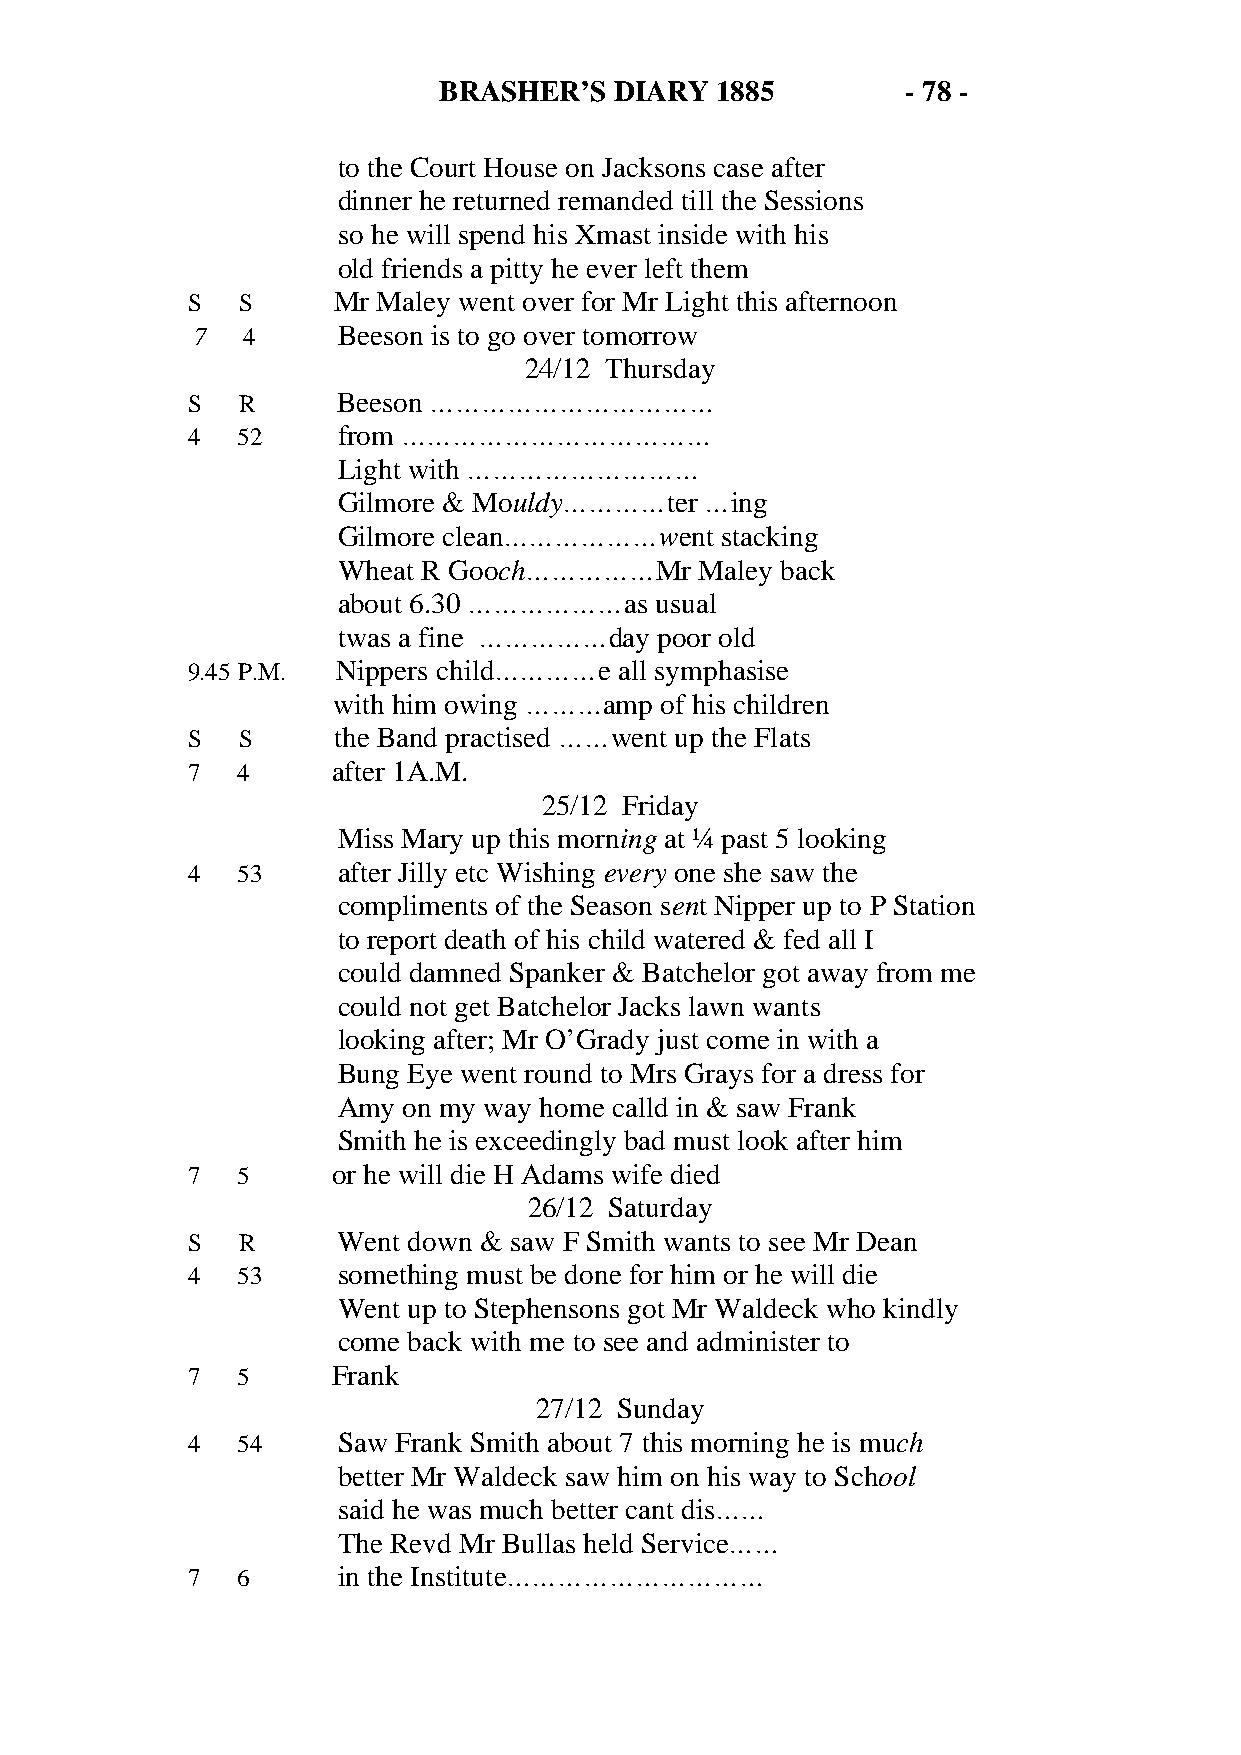
BRASHER’S   DIARY 1885         - 78 -
 to the Court House on Jacksons case after
 dinner he returned remanded till the Sessions
 so he will spend his Xmast inside with his
 old friends a pitty he ever left them
 S   S     Mr Maley went over for Mr Light this afternoon
 7  4     Beeson is to go over tomorrow
 24/12 Thursday
 S   R     Beeson ……………………………
 4   52    from ………………………………
 Light with ………………………
 Gilmore & Mouldy…………ter  …ing
 Gilmore clean………………went   stacking
 Wheat R Gooch……………Mr    Maley back
 about 6.30 ………………as  usual
 twas a fine ……………day  poor old
 9.45 P.M. Nippers child…………e all symphasise
 with him owing ………amp of his children
 S   S     the Band practised ……went up the Flats
 7   4     after 1A.M.
 25/12 Friday
 Miss Mary up this morning at ¼ past 5 looking
 4   53    after Jilly etc Wishing every one she saw the
 compliments of the Season sent Nipper up to P Station
 to report death of his child watered & fed all I
 could damned Spanker & Batchelor got away from me
 could not get Batchelor Jacks lawn wants
 looking after; Mr O’Grady just come in with a
 Bung Eye went round to Mrs Grays for a dress for
 Amy  on my way home calld in & saw Frank
 Smith he is exceedingly bad must look after him
 7   5     or he will die H Adams wife died
 26/12 Saturday
 S   R     Went down & saw F Smith wants to see Mr Dean
 4   53    something must be done for him or he will die
 Went up to Stephensons got Mr Waldeck who kindly
 come back with me to see and administer to
 7   5     Frank
 27/12 Sunday
 4   54    Saw Frank Smith about 7 this morning he is much
 better Mr Waldeck saw him on his way to School
 said he was much better cant dis……
 The Revd Mr Bullas held Service……
 7   6     in the Institute…………………………